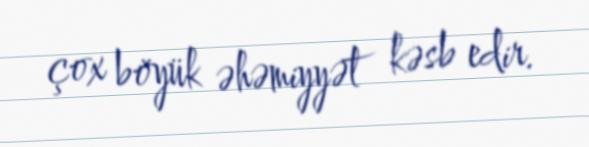
çox böyük əhəmiyyət kəsb edir.